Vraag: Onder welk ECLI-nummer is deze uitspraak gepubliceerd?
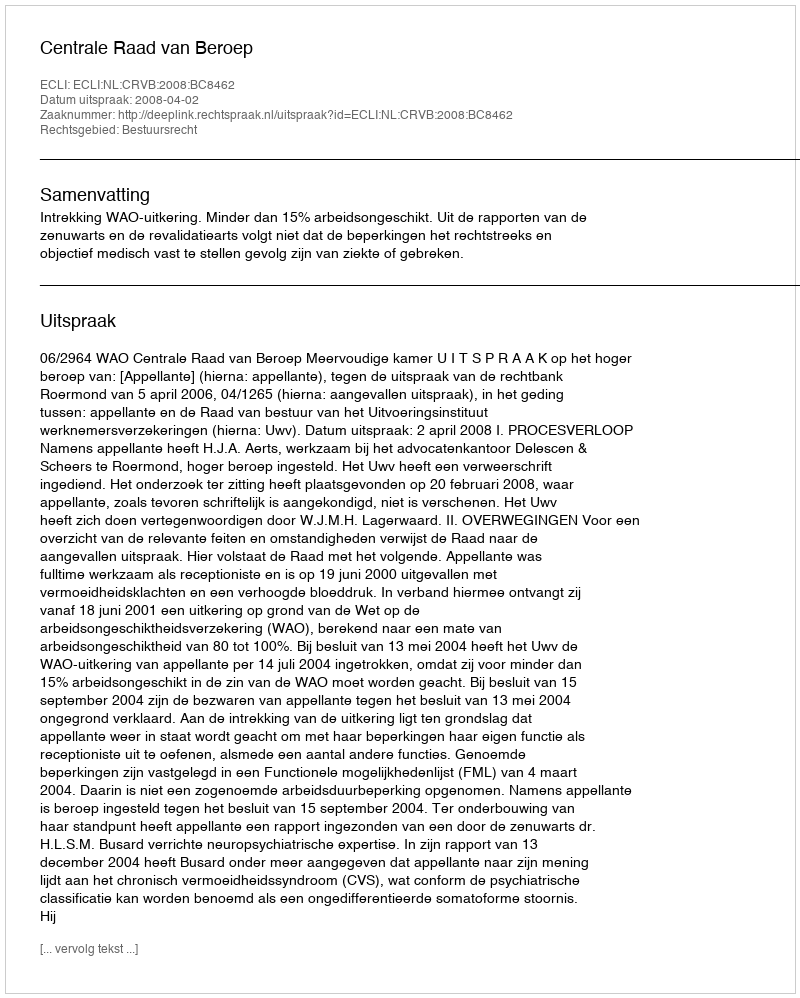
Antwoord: ECLI:NL:CRVB:2008:BC8462